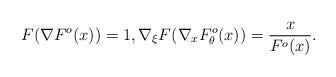
LaTeX: \begin{align*}F(\nabla F^o(x))=1, \nabla_\xi F(\nabla_x F^o_\theta(x))=\frac{x}{F^o(x)}.\end{align*}